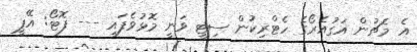
އެ މެޗުން އަގުއެރޯގެ ހެޓްރިކުން ސިޓީ ވަނީ މޮޅުވެފައި --- ފޮޓޯ: އޭޕީ